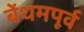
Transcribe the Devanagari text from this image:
बेंथमपूर्व